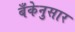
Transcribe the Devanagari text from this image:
बँकेनुसार